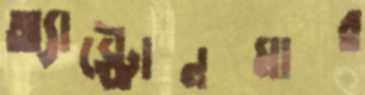
অ্যাস্ট্রোনমার